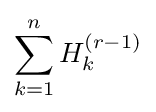
\sum _{k=1}^{n}H_{k}^{(r-1)}